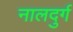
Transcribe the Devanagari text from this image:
नालदुर्ग